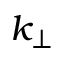
k _ { \perp }